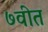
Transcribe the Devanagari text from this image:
७वीत